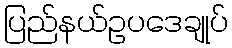
ပြည်နယ်ဥပဒေချုပ်